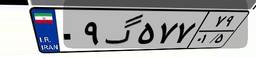
۰۹گ۵۷۷۷۹